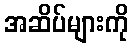
အဆိပ်များကို